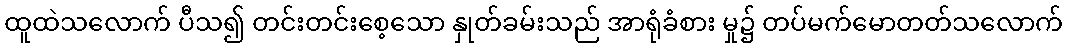
ထူထဲသလောက် ပီသ၍ တင်းတင်းစေ့သော နှုတ်ခမ်းသည် အာရုံခံစား မှု၌ တပ်မက်မောတတ်သလောက်